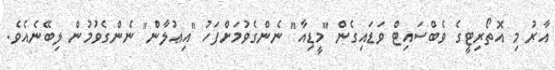
އާރު މި އޮތޯރިޓީގެ ވެބްސައިޓް ވަޑައިގެން "މީޑިއާ" ނެންގެވުމަށްފަހު "އިޢުލާން" ނެންގެވުމުން ލިބޭނެއެވެ.